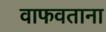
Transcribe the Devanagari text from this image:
वाफवताना